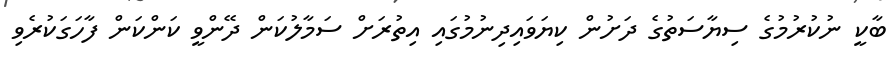
ބާކީ ނުކުރުމުގެ ސިޔާސަތުގެ ދަށުން ކިޔަވައިދިނުމުގައި އިތުރަށް ސަމާލުކަން ދޭންވީ ކަންކަން ފާހަގަކުރެވި